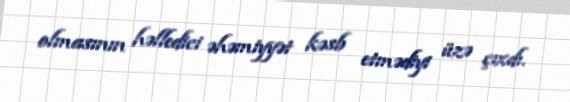
olmasının həlledici əhəmiyyət kəsb etmədiyi üzə çıxdı.